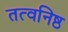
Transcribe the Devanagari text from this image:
तत्वनिष्ठ